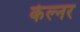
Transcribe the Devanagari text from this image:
केल्नर